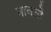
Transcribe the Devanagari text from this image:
नावले